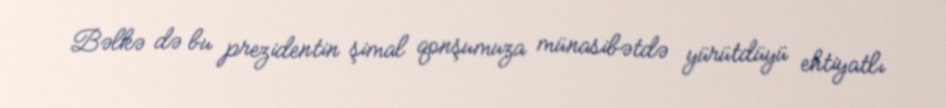
Bəlkə də bu prezidentin şimal qonşumuza münasibətdə yürütdüyü ehtiyatlı